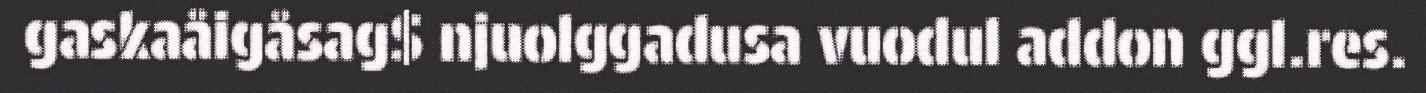
gaskaåigåsag$ njuolggadusa vuodul addon ggl.res.